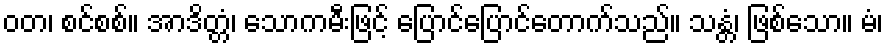
ဝတ၊ စင်စစ်။ အာဒိတ္တံ၊ သောကမီးဖြင့် ပြောင်ပြောင်တောက်သည်။ သန္တံ၊ ဖြစ်သော။ မံ၊